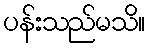
ပန်းသည်မသိ။